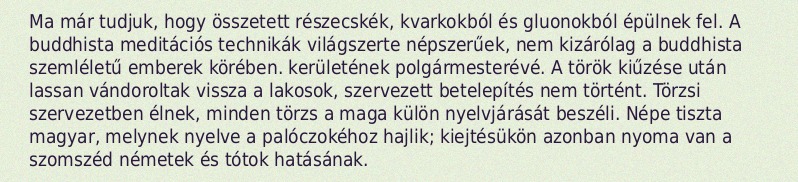
Ma már tudjuk, hogy összetett részecskék, kvarkokból és gluonokból épülnek fel. A buddhista meditációs technikák világszerte népszerűek, nem kizárólag a buddhista szemléletű emberek körében. kerületének polgármesterévé. A török kiűzése után lassan vándoroltak vissza a lakosok, szervezett betelepítés nem történt. Törzsi szervezetben élnek, minden törzs a maga külön nyelvjárását beszéli. Népe tiszta magyar, melynek nyelve a palóczokéhoz hajlik; kiejtésükön azonban nyoma van a szomszéd németek és tótok hatásának.